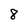
Character: 8